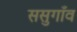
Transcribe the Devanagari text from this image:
ससुगाँव